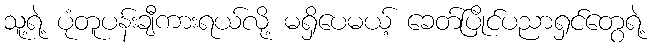
သူ့ရဲ့ ပုံတူပန်းချီကားရယ်လို့ မရှိပေမယ့် ခေတ်ပြိုင်ပညာရှင်တွေရဲ့